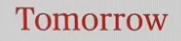
Tomorrow